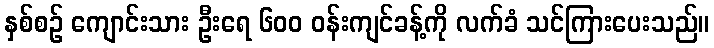
နှစ်စဉ် ကျောင်းသား ဦးရေ ၆၀၀ ဝန်းကျင်ခန့်ကို လက်ခံ သင်ကြားပေးသည်။